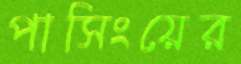
পাসিংয়ের